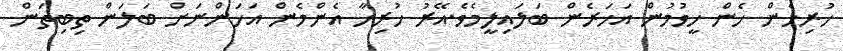
ހުރިހެން ހެން ހީވުމުން އަހަރެން ބަލައިލީމެވެ.އޭރު ހުރިހާ އެންމެން އަހަންނަށް ބަލަން ތިބިތަން